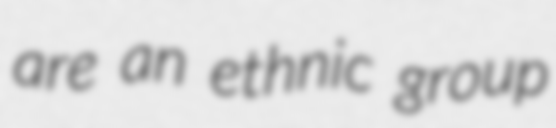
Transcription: are an ethnic group